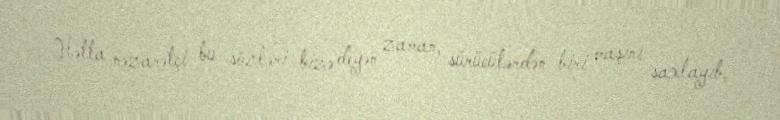
Hətta nəzarətçi bu sözləri bizə deyən zaman, sürücülərdən biri maşını saxlayıb,